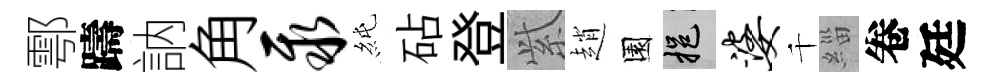
鄠躊訥角聚純砧登𬗋趙園挹婆千緇卷廷